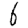
Digit: 6